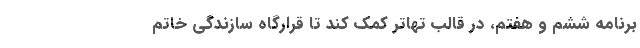
برنامه ششم و هفتم، در قالب تهاتر کمک کند تا قرارگاه سازندگی خاتم‌